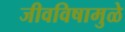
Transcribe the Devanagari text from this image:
जीवविषामुळे